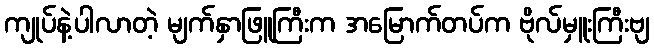
ကျုပ်နဲ့ပါလာတဲ့ မျက်နှာဖြူကြီးက အမြောက်တပ်က ဗိုလ်မှူးကြီးဗျ